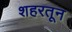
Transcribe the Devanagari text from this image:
शहरतून